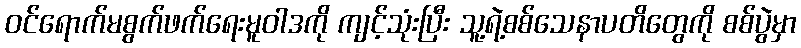
ဝင်ရောက်မစွက်ဖက်ရေးမူဝါဒကို ကျင့်သုံးပြီး သူ့ရဲ့စစ်သေနာပတိတွေကို စစ်ပွဲမှာ